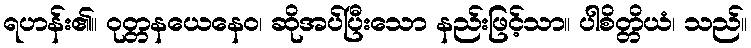
ရဟန်း၏။ ဝုတ္တနယေနေဝ၊ ဆိုအပ်ပြီးသော နည်းဖြင့်သာ။ ပါစိတ္တိယံ၊ သည်။